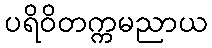
ပရိဝိတက္ကမညာယ